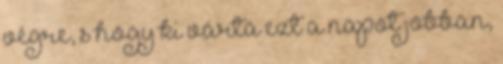
végre, s hogy ki várta ezt a napot jobban,